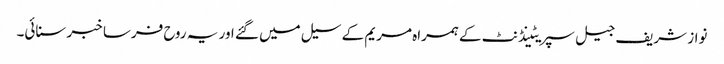
نواز شریف جیل سپریٹینڈنٹ کے ہمراہ مریم کے سیل میں گئے اور یہ روح فرسا خبر سنائی۔